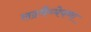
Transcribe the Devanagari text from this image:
लढवैय्येपणा